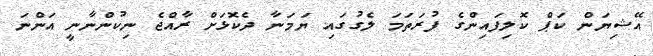
އޭޝިޔަން ކަޕް ކޮލިފައިންގެ ފުރަތަމަ ލެގުގައި ޔަމަނާ ދެކޮޅަށް ރާއްޖެ ނިކުންނާނީ އަންނަ